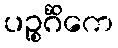
ပဉ္စင်္ဂိကေ